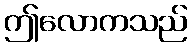
ဤလောကသည်